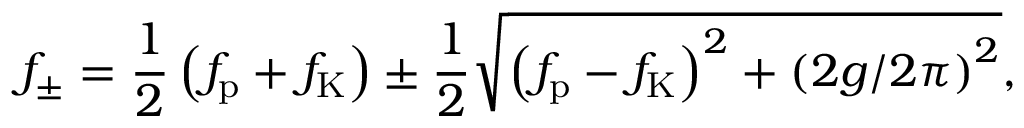
f _ { \pm } = \frac { 1 } { 2 } \left( f _ { \mathrm { p } } + f _ { \mathrm { K } } \right) \pm \frac { 1 } { 2 } \sqrt { \left( f _ { \mathrm { p } } - f _ { \mathrm { K } } \right) ^ { 2 } + \left( 2 g / 2 \pi \right) ^ { 2 } } ,